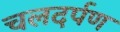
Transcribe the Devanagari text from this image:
चलदर्पण